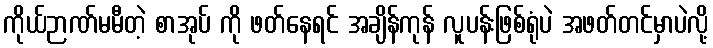
ကိုယ်ဉာဏ်မမီတဲ့ စာအုပ် ကို ဖတ်နေရင် အချိန်ကုန် လူပန်းဖြစ်ရုံပဲ အဖတ်တင်မှာပဲလို့